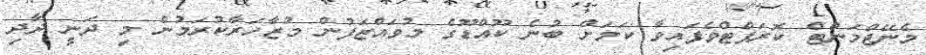
މެނޭޖްމަންޓް ކޮރަޕްޓްވެފައިވާ ކަމަށް ބުނެ ކޫއްޑޫގެ މުވައްޒަފުން މުޒާހަރާކުރަމުން މި ދަނީ ދާދި